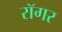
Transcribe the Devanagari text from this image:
रॉगर